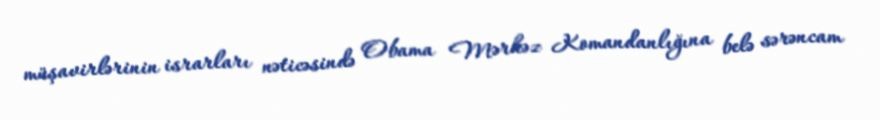
müşavirlərinin israrları nəticəsində Obama Mərkəz Komandanlığına belə sərəncam